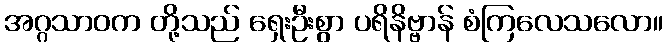
အဂ္ဂသာဝက တို့သည် ရှေးဦးစွာ ပရိနိဗ္ဗာန် စံကြလေသလော။